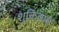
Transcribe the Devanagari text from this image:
शुक्तिकायों